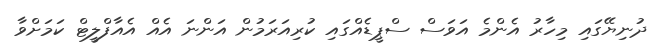
ދުނިޔޭގައި މިހާރު އެންމެ އަވަސް ސްޕީޑެއްގައި ކުރިއަރަމުން އަންނަ އެއް އެއާފްލީޓް ކަމަށްވާ